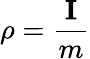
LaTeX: \rho=\frac{\mathbf{I}}{m}